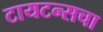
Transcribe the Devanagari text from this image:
टायटन्सचा